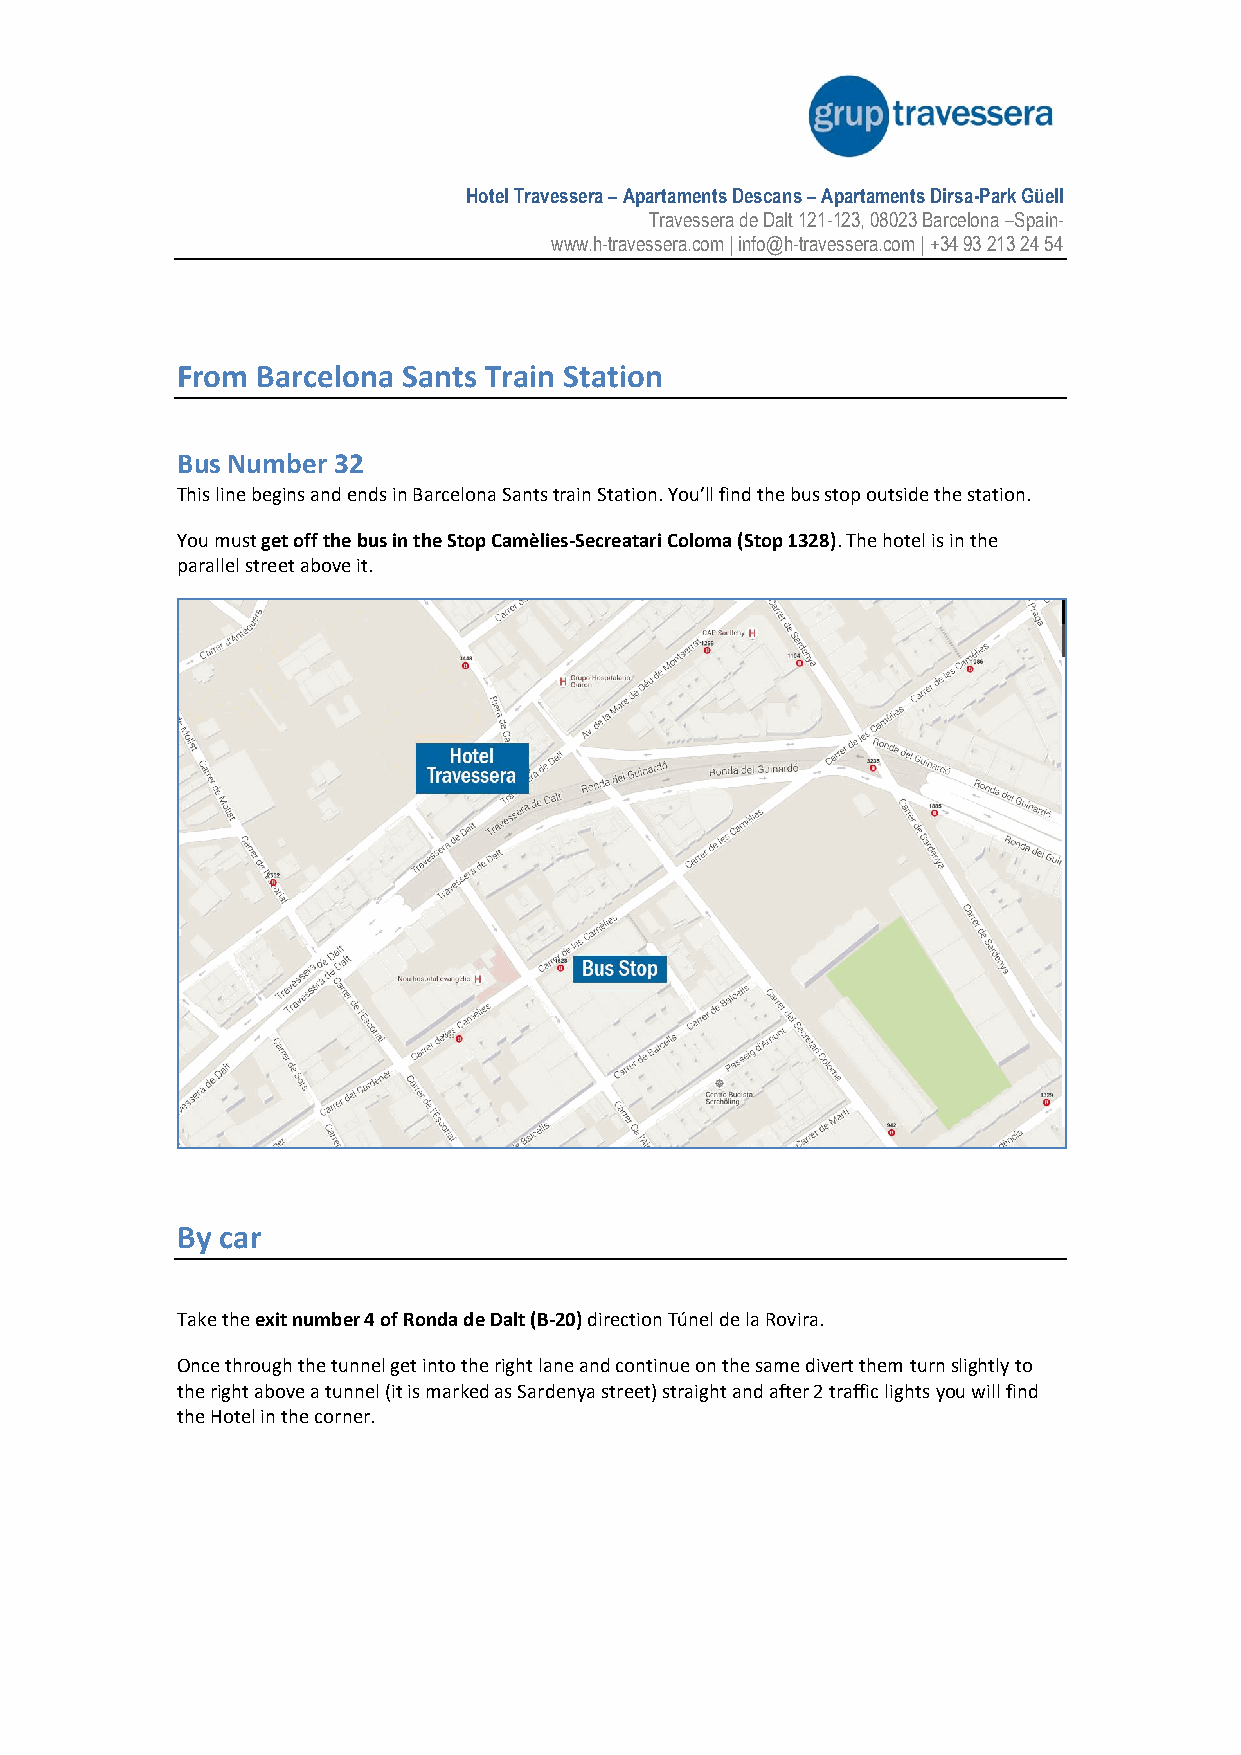
Hotel Travessera – Apartaments Descans – Apartaments Dirsa-Park Güell
 Travessera de Dalt 121-123, 08023 Barcelona –Spain-
 www.h-travessera.com | info@h-travessera.com | +34 93 213 24 54
 From Barcelona Sants Train Station
 Bus Number 32
 This line begins and ends in Barcelona Sants train Station. You’ll find the bus stop outside the station.
 You must get off the bus in the Stop Camèlies-Secreatari Coloma (Stop 1328). The hotel is in the
 parallel street above it.
 By car
 Take the exit number 4 of Ronda de Dalt (B-20) direction Túnel de la Rovira.
 Once through the tunnel get into the right lane and continue on the same divert them turn slightly to
 the right above a tunnel (it is marked as Sardenya street) straight and after 2 traffic lights you will find
 the Hotel in the corner.